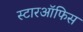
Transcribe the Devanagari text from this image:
स्टारऑफिस